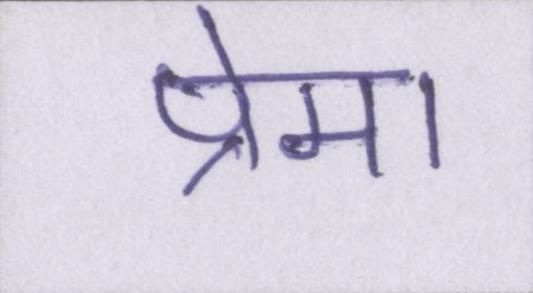
प्रेमा